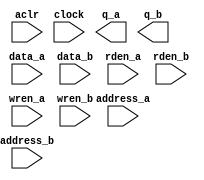
// megafunction wizard: %RAM: 2-PORT%VBB%
// GENERATION: STANDARD
// VERSION: WM1.0
// MODULE: altsyncram 

// ============================================================
// Megafunction Name(s):
// 			altsyncram
//
// Simulation Library Files(s):
// 			altera_mf
// ============================================================
// ************************************************************
// THIS IS A WIZARD-GENERATED FILE. DO NOT EDIT THIS FILE!
//
// 13.0.1 Build 232 06/12/2013 SP 1 SJ Web Edition
// ************************************************************

//Copyright (C) 1991-2013 Altera Corporation
//Your use of Altera Corporation's design tools, logic functions 
//and other software and tools, and its AMPP partner logic 
//functions, and any output files from any of the foregoing 
//(including device programming or simulation files), and any 
//associated documentation or information are expressly subject 
//to the terms and conditions of the Altera Program License 
//Subscription Agreement, Altera MegaCore Function License 
//Agreement, or other applicable license agreement, including, 
//without limitation, that your use is for the sole purpose of 
//programming logic devices manufactured by Altera and sold by 
//Altera or its authorized distributors.  Please refer to the 
//applicable agreement for further details.

module MAIN_MEMORY (
	aclr,
	address_a,
	address_b,
	clock,
	data_a,
	data_b,
	rden_a,
	rden_b,
	wren_a,
	wren_b,
	q_a,
	q_b);

	input	  aclr;
	input	[7:0]  address_a;
	input	[9:0]  address_b;
	input	  clock;
	input	[31:0]  data_a;
	input	[7:0]  data_b;
	input	  rden_a;
	input	  rden_b;
	input	  wren_a;
	input	  wren_b;
	output	[31:0]  q_a;
	output	[7:0]  q_b;
`ifndef ALTERA_RESERVED_QIS
// synopsys translate_off
`endif
	tri0	  aclr;
	tri1	  clock;
	tri1	  rden_a;
	tri1	  rden_b;
	tri0	  wren_a;
	tri0	  wren_b;
`ifndef ALTERA_RESERVED_QIS
// synopsys translate_on
`endif

endmodule

// ============================================================
// CNX file retrieval info
// ============================================================
// Retrieval info: PRIVATE: ADDRESSSTALL_A NUMERIC "0"
// Retrieval info: PRIVATE: ADDRESSSTALL_B NUMERIC "0"
// Retrieval info: PRIVATE: BYTEENA_ACLR_A NUMERIC "0"
// Retrieval info: PRIVATE: BYTEENA_ACLR_B NUMERIC "0"
// Retrieval info: PRIVATE: BYTE_ENABLE_A NUMERIC "0"
// Retrieval info: PRIVATE: BYTE_ENABLE_B NUMERIC "0"
// Retrieval info: PRIVATE: BYTE_SIZE NUMERIC "8"
// Retrieval info: PRIVATE: BlankMemory NUMERIC "0"
// Retrieval info: PRIVATE: CLOCK_ENABLE_INPUT_A NUMERIC "0"
// Retrieval info: PRIVATE: CLOCK_ENABLE_INPUT_B NUMERIC "0"
// Retrieval info: PRIVATE: CLOCK_ENABLE_OUTPUT_A NUMERIC "0"
// Retrieval info: PRIVATE: CLOCK_ENABLE_OUTPUT_B NUMERIC "0"
// Retrieval info: PRIVATE: CLRdata NUMERIC "0"
// Retrieval info: PRIVATE: CLRq NUMERIC "1"
// Retrieval info: PRIVATE: CLRrdaddress NUMERIC "0"
// Retrieval info: PRIVATE: CLRrren NUMERIC "0"
// Retrieval info: PRIVATE: CLRwraddress NUMERIC "0"
// Retrieval info: PRIVATE: CLRwren NUMERIC "0"
// Retrieval info: PRIVATE: Clock NUMERIC "0"
// Retrieval info: PRIVATE: Clock_A NUMERIC "0"
// Retrieval info: PRIVATE: Clock_B NUMERIC "0"
// Retrieval info: PRIVATE: IMPLEMENT_IN_LES NUMERIC "0"
// Retrieval info: PRIVATE: INDATA_ACLR_B NUMERIC "0"
// Retrieval info: PRIVATE: INDATA_REG_B NUMERIC "1"
// Retrieval info: PRIVATE: INIT_FILE_LAYOUT STRING "PORT_A"
// Retrieval info: PRIVATE: INIT_TO_SIM_X NUMERIC "0"
// Retrieval info: PRIVATE: INTENDED_DEVICE_FAMILY STRING "Cyclone IV GX"
// Retrieval info: PRIVATE: JTAG_ENABLED NUMERIC "0"
// Retrieval info: PRIVATE: JTAG_ID STRING "NONE"
// Retrieval info: PRIVATE: MAXIMUM_DEPTH NUMERIC "0"
// Retrieval info: PRIVATE: MEMSIZE NUMERIC "8192"
// Retrieval info: PRIVATE: MEM_IN_BITS NUMERIC "0"
// Retrieval info: PRIVATE: MIFfilename STRING "../mainMemory.hex"
// Retrieval info: PRIVATE: OPERATION_MODE NUMERIC "3"
// Retrieval info: PRIVATE: OUTDATA_ACLR_B NUMERIC "1"
// Retrieval info: PRIVATE: OUTDATA_REG_B NUMERIC "0"
// Retrieval info: PRIVATE: RAM_BLOCK_TYPE NUMERIC "0"
// Retrieval info: PRIVATE: READ_DURING_WRITE_MODE_MIXED_PORTS NUMERIC "2"
// Retrieval info: PRIVATE: READ_DURING_WRITE_MODE_PORT_A NUMERIC "3"
// Retrieval info: PRIVATE: READ_DURING_WRITE_MODE_PORT_B NUMERIC "3"
// Retrieval info: PRIVATE: REGdata NUMERIC "1"
// Retrieval info: PRIVATE: REGq NUMERIC "0"
// Retrieval info: PRIVATE: REGrdaddress NUMERIC "0"
// Retrieval info: PRIVATE: REGrren NUMERIC "1"
// Retrieval info: PRIVATE: REGwraddress NUMERIC "1"
// Retrieval info: PRIVATE: REGwren NUMERIC "1"
// Retrieval info: PRIVATE: SYNTH_WRAPPER_GEN_POSTFIX STRING "0"
// Retrieval info: PRIVATE: USE_DIFF_CLKEN NUMERIC "0"
// Retrieval info: PRIVATE: UseDPRAM NUMERIC "1"
// Retrieval info: PRIVATE: VarWidth NUMERIC "1"
// Retrieval info: PRIVATE: WIDTH_READ_A NUMERIC "32"
// Retrieval info: PRIVATE: WIDTH_READ_B NUMERIC "8"
// Retrieval info: PRIVATE: WIDTH_WRITE_A NUMERIC "32"
// Retrieval info: PRIVATE: WIDTH_WRITE_B NUMERIC "8"
// Retrieval info: PRIVATE: WRADDR_ACLR_B NUMERIC "0"
// Retrieval info: PRIVATE: WRADDR_REG_B NUMERIC "1"
// Retrieval info: PRIVATE: WRCTRL_ACLR_B NUMERIC "0"
// Retrieval info: PRIVATE: enable NUMERIC "0"
// Retrieval info: PRIVATE: rden NUMERIC "1"
// Retrieval info: LIBRARY: altera_mf altera_mf.altera_mf_components.all
// Retrieval info: CONSTANT: ADDRESS_REG_B STRING "CLOCK0"
// Retrieval info: CONSTANT: CLOCK_ENABLE_INPUT_A STRING "BYPASS"
// Retrieval info: CONSTANT: CLOCK_ENABLE_INPUT_B STRING "BYPASS"
// Retrieval info: CONSTANT: CLOCK_ENABLE_OUTPUT_A STRING "BYPASS"
// Retrieval info: CONSTANT: CLOCK_ENABLE_OUTPUT_B STRING "BYPASS"
// Retrieval info: CONSTANT: INDATA_REG_B STRING "CLOCK0"
// Retrieval info: CONSTANT: INIT_FILE STRING "../mainMemory.hex"
// Retrieval info: CONSTANT: INIT_FILE_LAYOUT STRING "PORT_A"
// Retrieval info: CONSTANT: INTENDED_DEVICE_FAMILY STRING "Cyclone IV GX"
// Retrieval info: CONSTANT: LPM_TYPE STRING "altsyncram"
// Retrieval info: CONSTANT: NUMWORDS_A NUMERIC "256"
// Retrieval info: CONSTANT: NUMWORDS_B NUMERIC "1024"
// Retrieval info: CONSTANT: OPERATION_MODE STRING "BIDIR_DUAL_PORT"
// Retrieval info: CONSTANT: OUTDATA_ACLR_A STRING "CLEAR0"
// Retrieval info: CONSTANT: OUTDATA_ACLR_B STRING "CLEAR0"
// Retrieval info: CONSTANT: OUTDATA_REG_A STRING "UNREGISTERED"
// Retrieval info: CONSTANT: OUTDATA_REG_B STRING "UNREGISTERED"
// Retrieval info: CONSTANT: POWER_UP_UNINITIALIZED STRING "FALSE"
// Retrieval info: CONSTANT: READ_DURING_WRITE_MODE_MIXED_PORTS STRING "DONT_CARE"
// Retrieval info: CONSTANT: READ_DURING_WRITE_MODE_PORT_A STRING "NEW_DATA_NO_NBE_READ"
// Retrieval info: CONSTANT: READ_DURING_WRITE_MODE_PORT_B STRING "NEW_DATA_NO_NBE_READ"
// Retrieval info: CONSTANT: WIDTHAD_A NUMERIC "8"
// Retrieval info: CONSTANT: WIDTHAD_B NUMERIC "10"
// Retrieval info: CONSTANT: WIDTH_A NUMERIC "32"
// Retrieval info: CONSTANT: WIDTH_B NUMERIC "8"
// Retrieval info: CONSTANT: WIDTH_BYTEENA_A NUMERIC "1"
// Retrieval info: CONSTANT: WIDTH_BYTEENA_B NUMERIC "1"
// Retrieval info: CONSTANT: WRCONTROL_WRADDRESS_REG_B STRING "CLOCK0"
// Retrieval info: USED_PORT: aclr 0 0 0 0 INPUT GND "aclr"
// Retrieval info: USED_PORT: address_a 0 0 8 0 INPUT NODEFVAL "address_a[7..0]"
// Retrieval info: USED_PORT: address_b 0 0 10 0 INPUT NODEFVAL "address_b[9..0]"
// Retrieval info: USED_PORT: clock 0 0 0 0 INPUT VCC "clock"
// Retrieval info: USED_PORT: data_a 0 0 32 0 INPUT NODEFVAL "data_a[31..0]"
// Retrieval info: USED_PORT: data_b 0 0 8 0 INPUT NODEFVAL "data_b[7..0]"
// Retrieval info: USED_PORT: q_a 0 0 32 0 OUTPUT NODEFVAL "q_a[31..0]"
// Retrieval info: USED_PORT: q_b 0 0 8 0 OUTPUT NODEFVAL "q_b[7..0]"
// Retrieval info: USED_PORT: rden_a 0 0 0 0 INPUT VCC "rden_a"
// Retrieval info: USED_PORT: rden_b 0 0 0 0 INPUT VCC "rden_b"
// Retrieval info: USED_PORT: wren_a 0 0 0 0 INPUT GND "wren_a"
// Retrieval info: USED_PORT: wren_b 0 0 0 0 INPUT GND "wren_b"
// Retrieval info: CONNECT: @aclr0 0 0 0 0 aclr 0 0 0 0
// Retrieval info: CONNECT: @address_a 0 0 8 0 address_a 0 0 8 0
// Retrieval info: CONNECT: @address_b 0 0 10 0 address_b 0 0 10 0
// Retrieval info: CONNECT: @clock0 0 0 0 0 clock 0 0 0 0
// Retrieval info: CONNECT: @data_a 0 0 32 0 data_a 0 0 32 0
// Retrieval info: CONNECT: @data_b 0 0 8 0 data_b 0 0 8 0
// Retrieval info: CONNECT: @rden_a 0 0 0 0 rden_a 0 0 0 0
// Retrieval info: CONNECT: @rden_b 0 0 0 0 rden_b 0 0 0 0
// Retrieval info: CONNECT: @wren_a 0 0 0 0 wren_a 0 0 0 0
// Retrieval info: CONNECT: @wren_b 0 0 0 0 wren_b 0 0 0 0
// Retrieval info: CONNECT: q_a 0 0 32 0 @q_a 0 0 32 0
// Retrieval info: CONNECT: q_b 0 0 8 0 @q_b 0 0 8 0
// Retrieval info: GEN_FILE: TYPE_NORMAL MAIN_MEMORY.v TRUE
// Retrieval info: GEN_FILE: TYPE_NORMAL MAIN_MEMORY.inc FALSE
// Retrieval info: GEN_FILE: TYPE_NORMAL MAIN_MEMORY.cmp FALSE
// Retrieval info: GEN_FILE: TYPE_NORMAL MAIN_MEMORY.bsf TRUE FALSE
// Retrieval info: GEN_FILE: TYPE_NORMAL MAIN_MEMORY_inst.v FALSE
// Retrieval info: GEN_FILE: TYPE_NORMAL MAIN_MEMORY_bb.v TRUE
// Retrieval info: LIB_FILE: altera_mf